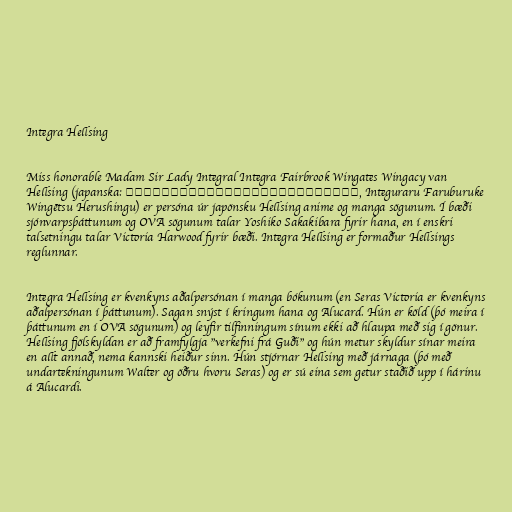
Integra Hellsing

Miss honorable Madam Sir Lady Integral Integra Fairbrook Wingates Wingacy van
Hellsing (japanska: インテグラル・ファルブルケ・ウィンゲーツ・ヘルシング, Integuraru Faruburuke
Wingētsu Herushingu) er persóna úr japönsku Hellsing anime og manga sögunum. Í bæði
sjónvarpsþáttunum og OVA sögunum talar Yoshiko Sakakibara fyrir hana, en í enskri
talsetningu talar Victoria Harwood fyrir bæði. Integra Hellsing er formaður Hellsings
reglunnar.

Integra Hellsing er kvenkyns aðalpersónan í manga bókunum (en Seras Victoria er kvenkyns
aðalpersónan í þáttunum). Sagan snýst í kringum hana og Alucard. Hún er köld (þó meira í
þáttunum en í OVA sögunum) og leyfir tilfinningum sínum ekki að hlaupa með sig í gönur.
Hellsing fjölskyldan er að framfylgja "verkefni frá Guði" og hún metur skyldur sínar meira
en allt annað, nema kannski heiður sinn. Hún stjórnar Hellsing með járnaga (þó með
undartekningunum Walter og öðru hvoru Seras) og er sú eina sem getur staðið upp í hárinu
á Alucardi.